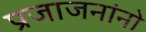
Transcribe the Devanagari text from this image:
प्रजाजनांनो